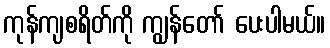
ကုန်ကျစရိတ်ကို ကျွန်တော် ပေးပါမယ်။